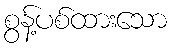
စွန့်ပစ်ထားသော